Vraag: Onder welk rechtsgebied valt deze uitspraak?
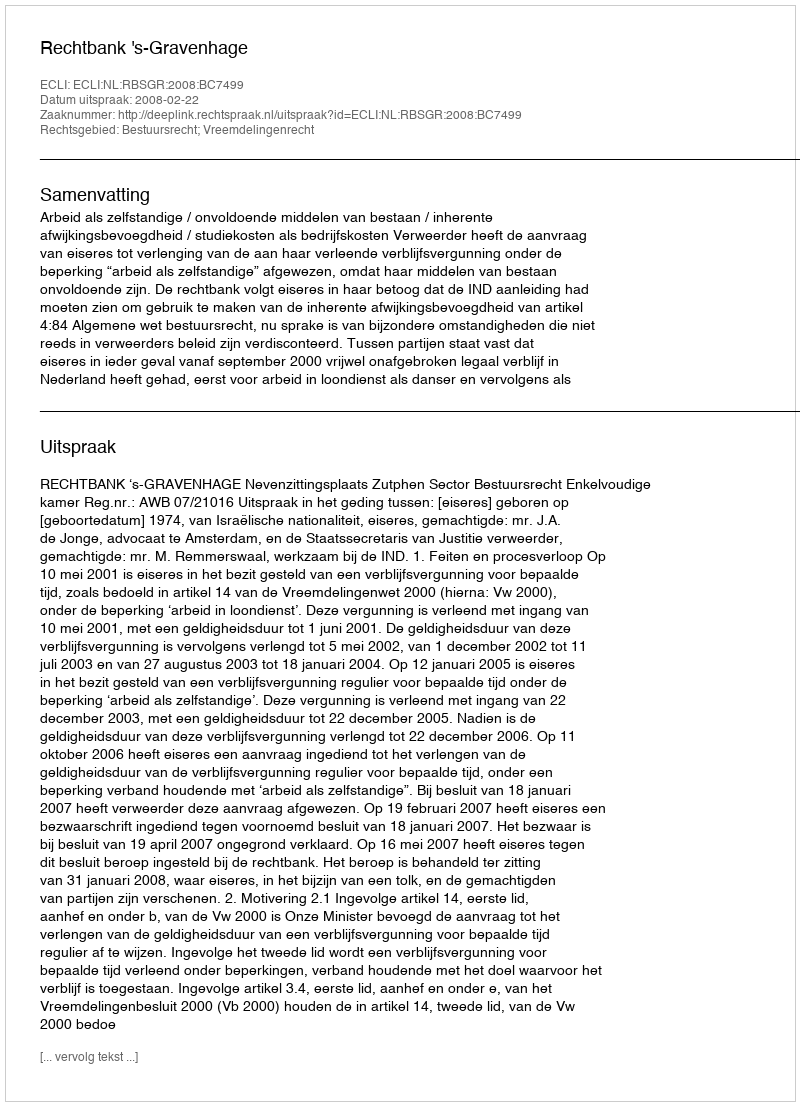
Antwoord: Bestuursrecht; Vreemdelingenrecht